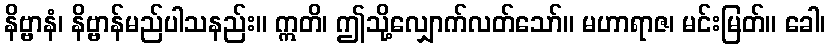
နိဗ္ဗာနံ၊ နိဗ္ဗာန်မည်ပါသနည်း။ ဣတိ၊ ဤသို့လျှောက်လတ်သော်။ မဟာရာဇ၊ မင်းမြတ်။ ခေါ၊